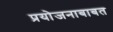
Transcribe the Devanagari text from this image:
प्रयोजनाबाबत